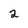
Character: 2